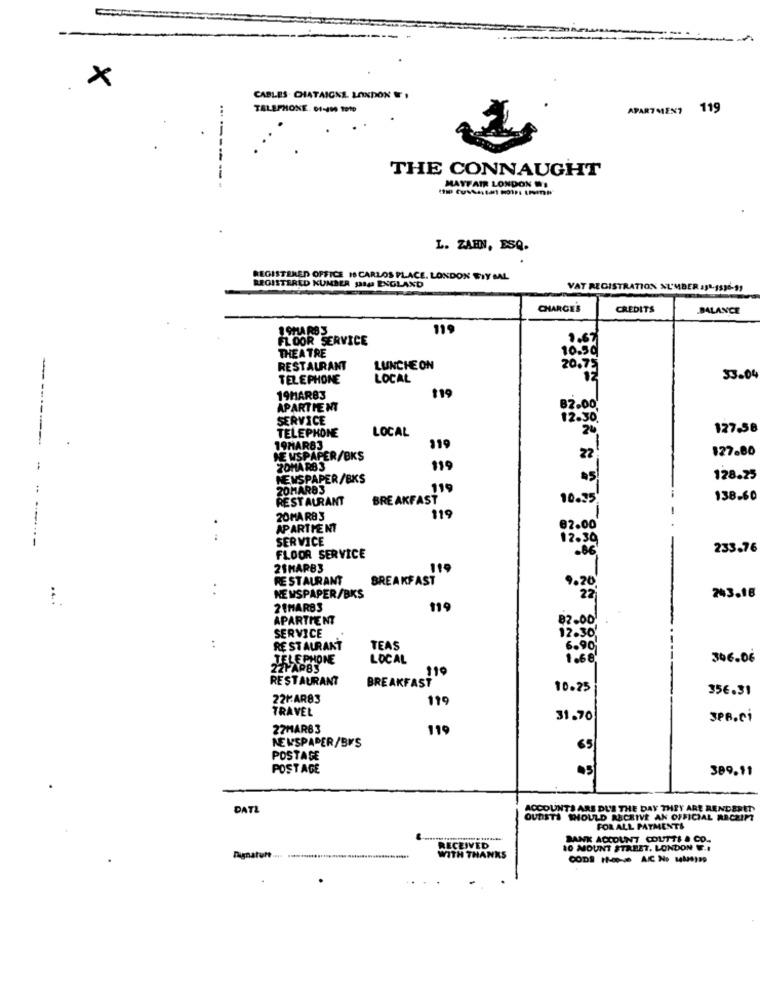
x
CABLES CHATAIGNE. LONDON ,
TELEPHONE. 01-400 2010
APARTMENT 119
THE CONNAUGHT
------
MAYFAIR LONDON 'S
L. ZAHN, ESQ.
REGISTERED OFFICE IS CARLOS PLACE. LONDON WIY SAL
REGISTERED KUMBER SRa ENGLAND
VAT REGISTRATION NUMBER 131-1536-91
CHARGES
CREDITS
.BALANCE
1 9HAR8 3
119
FLOOR SERVICE
THEATRE
10.50
2.67
RESTAURANT
LUNCHE ON
20.75
TELEPHONE
LOCAL
12
33.04
19HAR83
119
APARTMENT
82.00
SERVICE
12.30
TELEPHONE
LOCAL
20
127.58
19HAR63
119
127.80
NEWSPAPER/BKS
22
20HARB 3
119
NEWSPAPER/BKS
128.25
20MARS3
119
RESTAURANT
BREAKFAST
10.35
138.60
20MAR8 3
119
APARTMENT
82.00
.-
SERVICE
12.30
FLOOR SERVICE
233.76
2SMARB3
119
RESTAURANT
BREAKFAST
::
9.20
243.18
....
NEWSPAPER/BKS
22
21MAR83
119
APARTMENT
82.00!
SERVICE
.:
12.30
RE STAURANT
TEAS
6.90
TELEPHONE
LOCAL
1.68
306.06
22PAP83
119
RESTAURANT
BREAKFAST
10.25
35€.31
22KAR83
119
TRAVEL
31.70
3PB.Ci
27MAR83
119
NEWSPAPER/BIS
65
POSTAGE
POSTAGE
389.11
DATL
ACCOUNTS ARE DU'S THE DAY THEY ARE RENDERET
OUTISTS SHOULD RECEIVE AN OFFICIAL RECEIPT
FOR ALL PAYMENTS
BANK ACCOUNT COUTTS & CO.
RECEIVED
10 MOUNT STREET, LONDON ..
Dignaturt
WITH THANKS